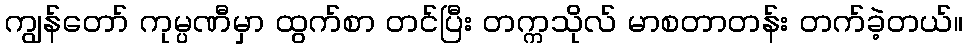
ကျွန်တော် ကုမ္ပဏီမှာ ထွက်စာ တင်ပြီး တက္ကသိုလ် မာစတာတန်း တက်ခဲ့တယ်။